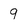
Character: 9